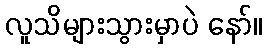
လူသိများသွားမှာပဲ နော်။